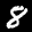
Label: 8